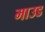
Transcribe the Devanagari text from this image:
माउड